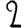
Digit: 2